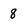
Character: 8